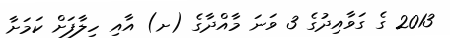
2013 ގެ ގަވާއިދުގެ 3 ވަނަ މާއްދާގެ (ށ) އާއި ހިލާފަށް ކަމަށާ